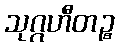
သုဂ္ဂဟီတဉ္စ